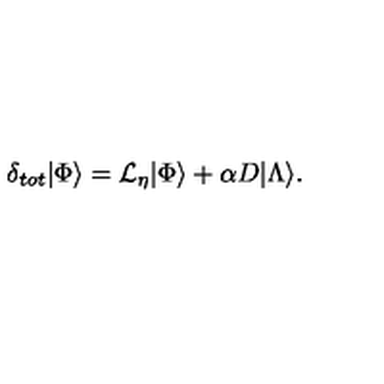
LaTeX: \delta _ { t o t } | \Phi \rangle = { \cal L } _ { \eta } | \Phi \rangle + \alpha D | \Lambda \rangle .